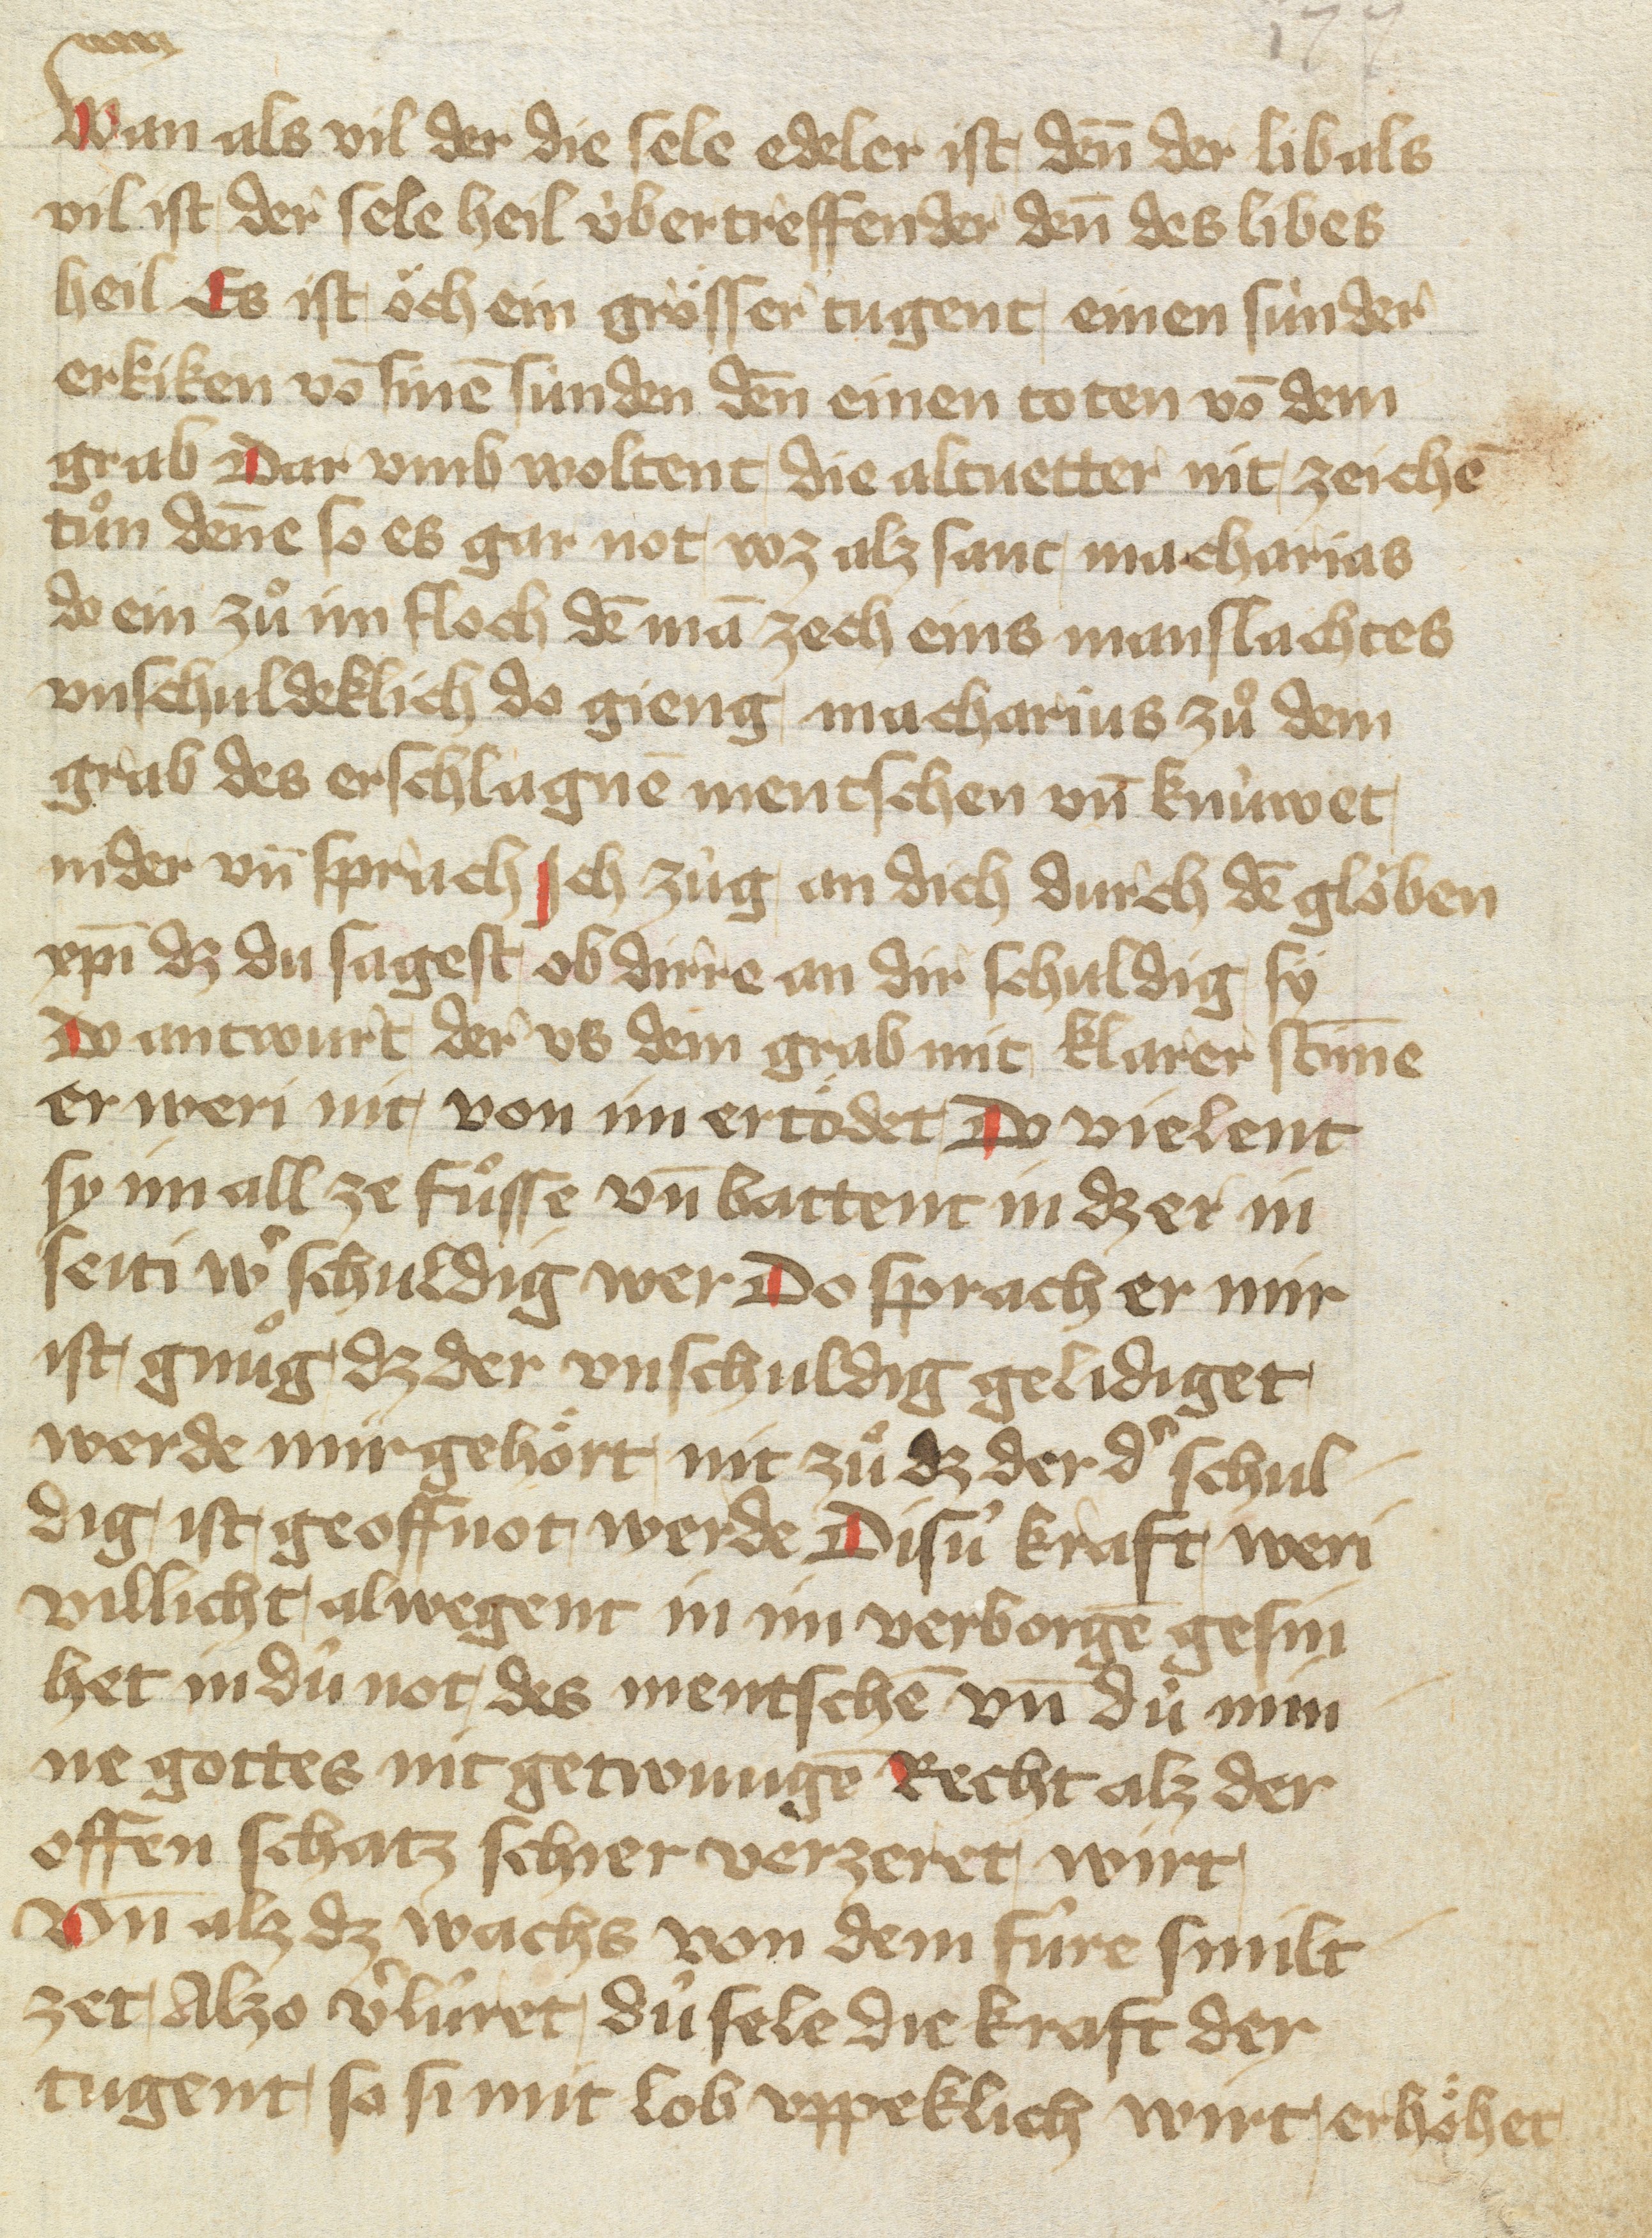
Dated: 1400–1499